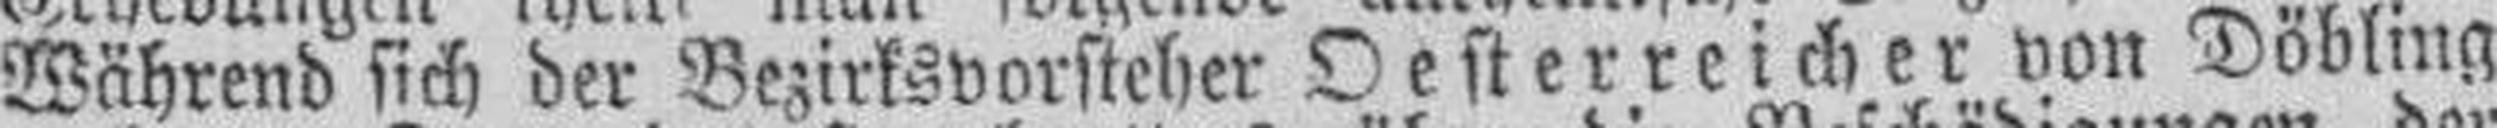
Während sich der Bezirksvorsteher Oesterreicher von Döbling